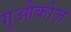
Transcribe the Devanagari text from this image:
गुओकोज़